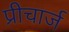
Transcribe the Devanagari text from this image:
प्रीचार्ज